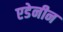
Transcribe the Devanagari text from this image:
एडेनीन